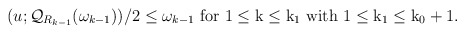
\begin{align*} \begin{aligned} (u;\mathcal{Q}_{R_{k-1}}({\omega_{k-1}}))/2\leq \omega_{k-1}~\rm{ for} ~1\leq k\leq k_1~ \rm{with}~ 1\leq k_1\leq k_0+1. \end{aligned} \end{align*}